Leaving Certificate Examination (including Day School Certificate (Higher) General paper), 1937
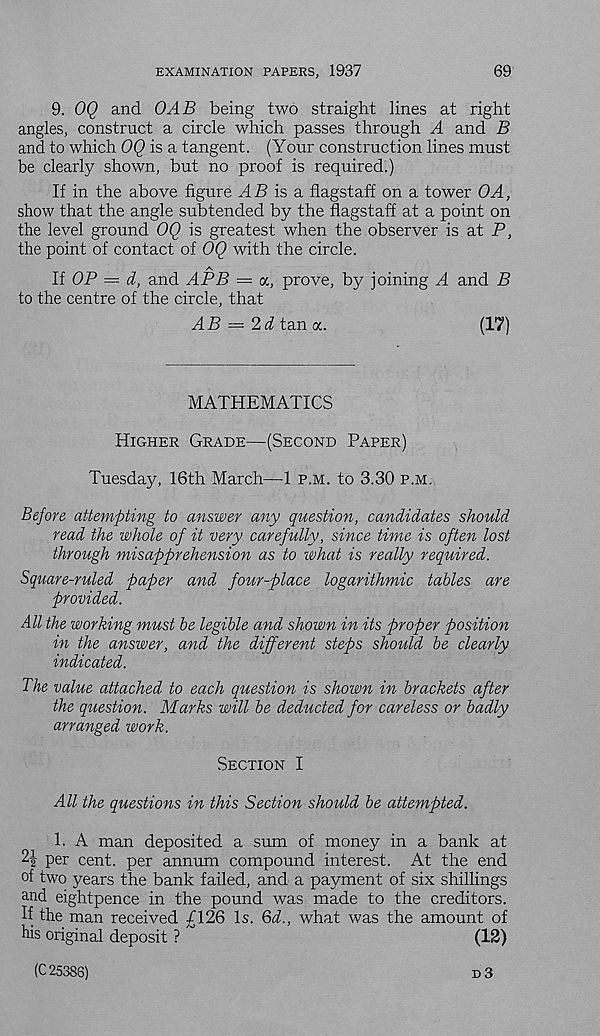
EXAMINATION PAPERS, 1937
69
9. OQ and OAB being two straight lines at right
angles, construct a circle which passes through A and B
and to which OQ is a tangent. (Your construction lines must
be clearly shown, but no proof is required.)
If in the above figure AB is a. flagstaff on a tower OA,
show that the angle subtended by the flagstaff at a point on
the level ground OQ is greatest when the observer is at P,
the point of contact of OQ with the circle.
If OP = d, and APB = a, prove, by joining A and B
to the centre of the circle, that
AB — 2d tan a.
(17)
MATHEMATICS
Higher Grade—(Second Paper)
Tuesday, 16th March—1 p.m. to 3.30 p.m.
Before attempting to answer any question, candidates should
read the whole of it very carefully, since time is often lost
through misapprehension as to what is really required.
Square-ruled paper and four-place logarithmic tables are
provided.
All the working must be legible and shown in its proper position
in the answer, and the different steps should be clearly
indicated.
The value attached to each question is shown in brackets after
the qriestion. Marks will be deducted for careless or badly
arranged work.
Section I
All the questions in this Section should be attempted.
1. A man deposited a sum of money in a bank at
2^ per cent, per annum compound interest. At the end
of two years the bank failed, and a payment of six shillings
and eightpence in the pound was made to the creditors.
If the man received /126 Is. Qd., what was the amount of
his original deposit ?
(12)
(C 25386)
d 3